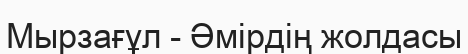
Мырзағұл - Әмірдің жолдасы